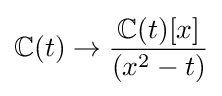
\mathbb {C} (t)\to {\frac {\mathbb {C} (t)[x]}{(x^{2}-t)}}